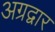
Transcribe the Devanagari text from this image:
अग्रद्वार